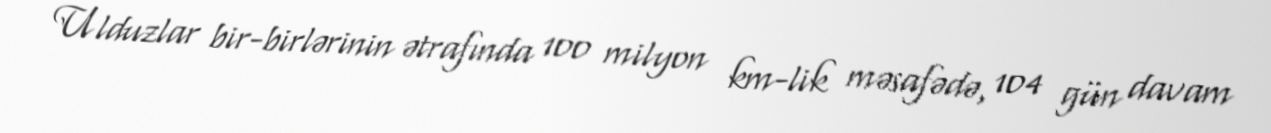
Ulduzlar bir-birlərinin ətrafında 100 milyon km-lik məsafədə, 104 gün davam